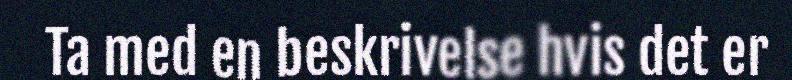
Ta med en beskrivelse hvis det er